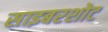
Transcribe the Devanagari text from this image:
साइबरशोट